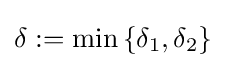
\delta :=\min \left\{\delta _{1},\delta _{2}\right\}